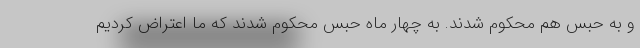
و به حبس هم محکوم شدند. به چهار ماه حبس محکوم شدند که ما اعتراض کردیم